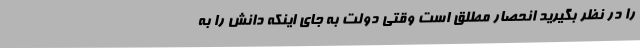
را در نظر بگیرید انحصار مطلق است وقتی دولت به جای اینکه دانش را به